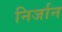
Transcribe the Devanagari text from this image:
निर्जान